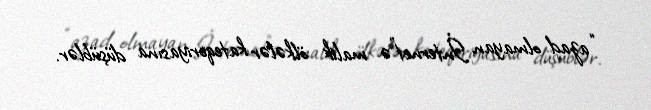
“azad olmayan İnternet”ə malik ölkələr kateqoriyasına düşüblər.